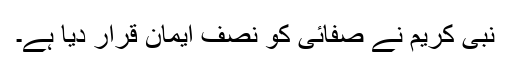
نبی کریمؐ نے صفائی کو نصف ایمان قرار دیا ہے۔